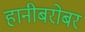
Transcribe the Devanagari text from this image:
हानीबरोबर